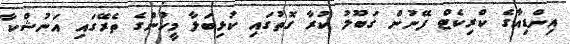
އިންޑިއާގެ ކްރިކެޓް ފޭނުން ގަބޫލު ކުރާ ގޮތުގައި ކުޅިބަލާ މީހުންގެ ތެރޭގައި އަނުޝްކާ